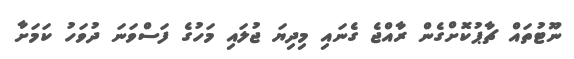
ނޫޓުތައް ޗާޕުކޮށްގެން ރާއްޖެ ގެނައި މިދިޔަ ޖުލައި މަހުގެ ފަސްވަނަ ދުވަހު ކަމަށާ